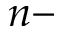
n -